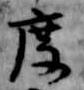
度